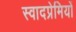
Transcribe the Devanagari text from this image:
स्वादप्रेमियों